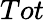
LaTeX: Tot